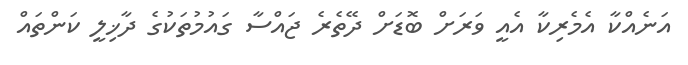
އަނެއްކާ އެމެރިކާ އެއީ ވަރަށް ބޮޑަށް ދޭތެރެ ޖައްސާ ގައުމުތަކުގެ ދާޚިލީ ކަންތައް